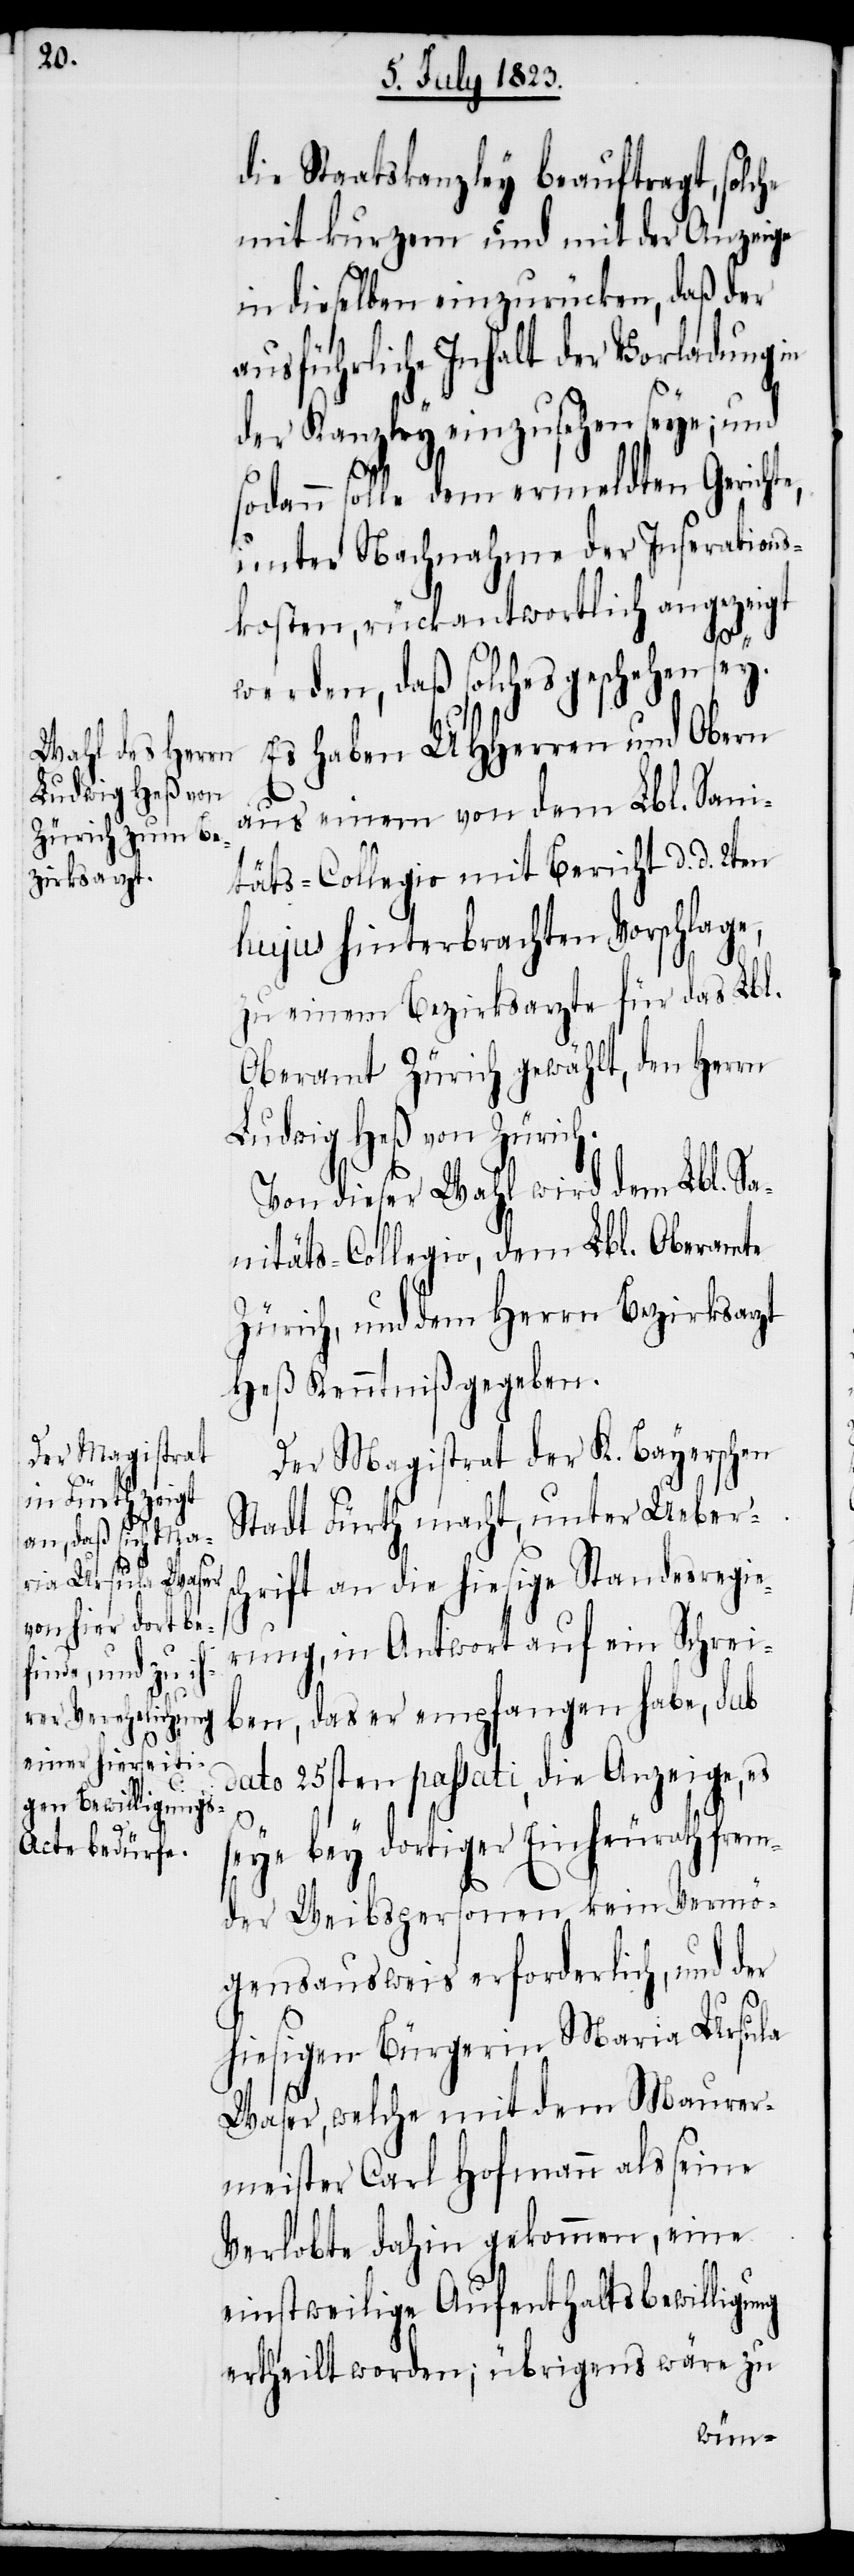
die Staatskanzley beauftragt, solche
mit kurzem und mit der Anzeige
in dieselben einzurücken, daß der
ausführliche Inhalt der Vorladung in
der Kanzley einzusehen seye; und
sodann solle dem ermeldten Gerichte,
unter Nachnahme der Inserations¬
kosten, rückantwortlich angezeigt
werden, daß solches geschehen sey.
Es haben UHHerren und Obern
aus einem von dem Lbl. Sani¬
täts-Collegio mit Bericht d. d. 2ten
hujus hinterbrachten Vorschlage,
zu einem Bezirksarzte für das Lbl.
Oberamt Zürich gewählt, den Herrn
Ludwig Heß von Zürich.
Von dieser Wahl wird dem Lbl. Sa¬
nitäts-Collegio, dem Lbl. Oberamte
Zürich, und dem Herrn Bezirksarzt
Heß Kenntniß gegeben.
Der Magistrat der K. Bayerschen
Stadt Fürth macht, unter Uebers¬
chrift an die hiesige Standesregie¬
rung, in Antwort auf ein Schrei¬
ben, das er empfangen habe, sub
dato 25sten passati, die Anzeige, es
seye bey dortiger Einheurath frem¬
der Weibspersonen kein Vermö¬
gensausweis erforderlich, und der
hiesigen Bürgerin Maria Ursula
Waser, welche mit dem Maurer¬
meister Carl Hofmann als seine
Verlobte dahin gekommen, eine
einstweilige Aufenthaltsbewilligung
ertheilt worden; übrigens wäre zu